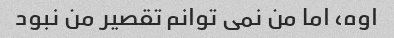
اوه، اما من نمی توانم تقصیر من نبود